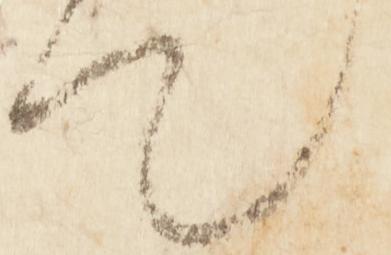
て